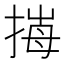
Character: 𢯈